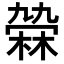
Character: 𣘑